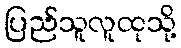
ပြည်သူလူထုသို့